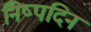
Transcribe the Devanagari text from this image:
निष्पदिन